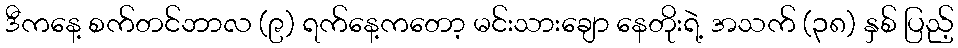
ဒီကနေ့ စက်တင်ဘာလ (၉) ရက်နေ့ကတော့ မင်းသားချော နေတိုးရဲ့ အသက် (၃၈) နှစ် ပြည့်